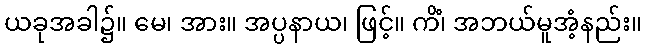
ယခုအခါ၌။ မေ၊ အား။ အပ္ပနာယ၊ ဖြင့်။ ကိံ၊ အဘယ်မူအံ့နည်း။